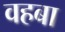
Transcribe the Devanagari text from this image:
वहबा